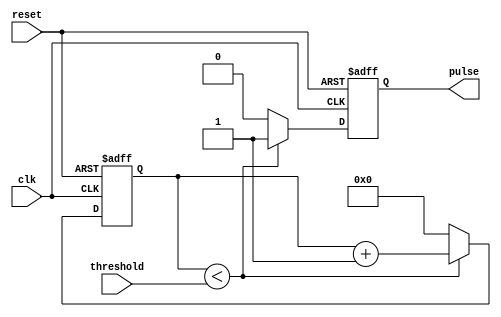
module DutyCyclePulseGenerator(
    input wire clk,
    input wire reset,
    input wire threshold,
    output reg pulse
);

reg [7:0] counter;

always @(posedge clk or posedge reset) begin
    if (reset) begin
        counter <= 8'b0;
        pulse <= 1'b0;
    end else begin
        if (counter < threshold) begin
            counter <= counter + 1;
            pulse <= 1'b1;
        end else begin
            counter <= 8'b0;
            pulse <= 1'b0;
        end
    end
end

endmodule